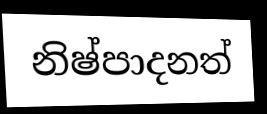
නිෂ්පාදනත්